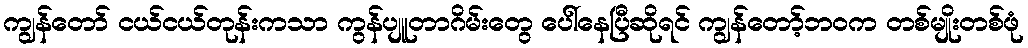
ကျွန်တော် ငယ်ငယ်တုန်းကသာ ကွန်ပျူတာဂိမ်းတွေ ပေါ်နေပြီဆိုရင် ကျွန်တော့်ဘဝက တစ်မျိုးတစ်ဖုံ